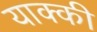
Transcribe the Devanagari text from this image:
याक्की